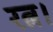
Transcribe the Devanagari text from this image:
रत्न।